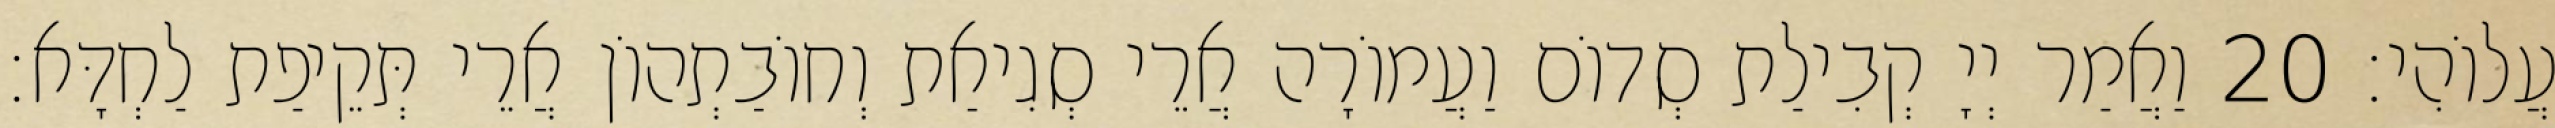
עֲלוֹהִי׃ 20 וַאֲמַר יְיָ קְבִילַת סְדוֹם וַעֲמוֹרָה אֲרֵי סְגִיאַת וְחוֹבַתְהוֹן אֲרֵי תְּקֵיפַת לַחְדָּא׃